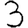
Digit: 3